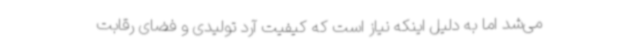
می‌شد اما به دلیل اینکه نیاز است که کیفیت آرد تولیدی و فضای رقابت